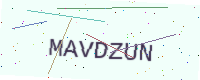
Text: MAVDZUN